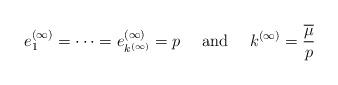
LaTeX: \begin{align*} e_1^{(\infty)} = \dotsb = e_{k^{(\infty)}}^{(\infty)} = p \textrm{ \ \ \ and \ \ \ } k^{(\infty)} = \frac{\overline{\mu}}{p} \end{align*}